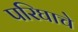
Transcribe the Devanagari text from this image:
परिघाचे